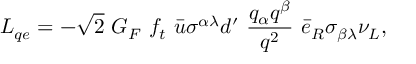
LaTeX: { \cal { L } } _ { q e } = - \sqrt 2 ~ G _ { F } ~ f _ { t } ~ \bar { u } \sigma ^ { \alpha \lambda } d ^ { \prime } ~ { \frac { q _ { \alpha } q ^ { \beta } } { q ^ { 2 } } } ~ \bar { e } _ { R } \sigma _ { \beta \lambda } \nu _ { L } ,